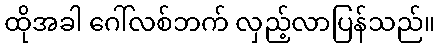
ထိုအခါ ဂေါ်လစ်ဘက် လှည့်လာပြန်သည်။